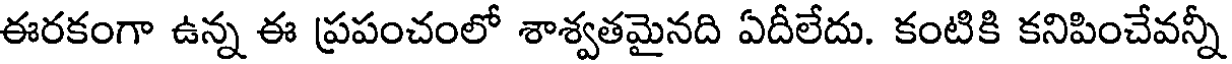
ఈరకంగా ఉన్న ఈ ప్రపంచంలో శాశ్వతమైనది ఏదీలేదు. కంటికి కనిపించేవన్నీ